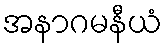
အနာဂမနီယံ